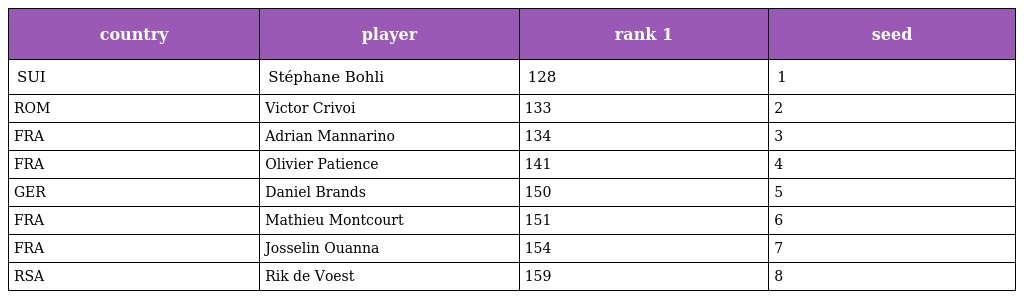
| country | player | rank 1 | seed |
 | --- | --- | --- | --- |
 | SUI | Stéphane Bohli | 128 | 1 |
 | ROM | Victor Crivoi | 133 | 2 |
 | FRA | Adrian Mannarino | 134 | 3 |
 | FRA | Olivier Patience | 141 | 4 |
 | GER | Daniel Brands | 150 | 5 |
 | FRA | Mathieu Montcourt | 151 | 6 |
 | FRA | Josselin Ouanna | 154 | 7 |
 | RSA | Rik de Voest | 159 | 8 |